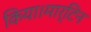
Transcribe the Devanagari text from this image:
किया।मार्टिन